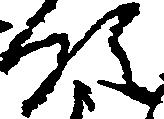
領